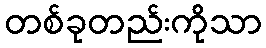
တစ်ခုတည်းကိုသာ